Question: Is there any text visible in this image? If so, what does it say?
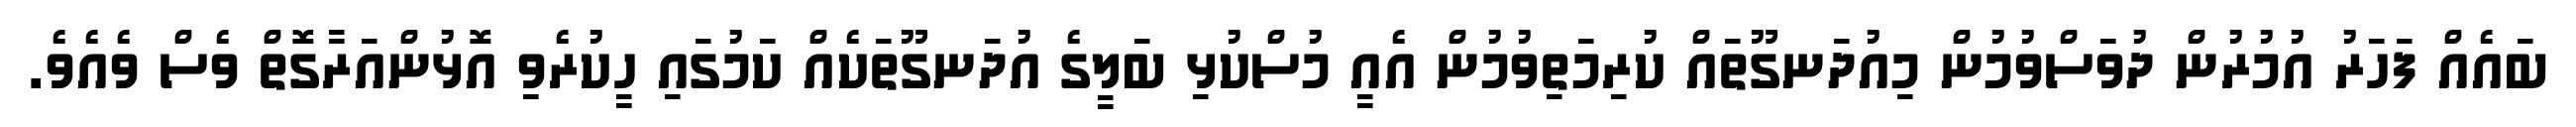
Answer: ބައެއް ފަހަރު އުމުރުން ދުވަސްވުމުން މިއުދަނގޫތައް ކުރިމަތިވުމުން އެއީ މުސްކުޅި ބަލީގެ އުދަނގޫތަކެއް ކަމުގައި ހީކުރެވި އޮޅުންއަރާގޮތް ވެސް ވެއެވެ.